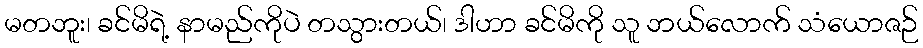
မတဘူး၊ ခင်မိရဲ့ နာမည်ကိုပဲ တသွားတယ်၊ ဒါဟာ ခင်မိကို သူ ဘယ်လောက် သံယောဇဉ်